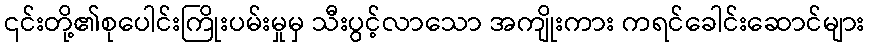
၎င်းတို့၏စုပေါင်းကြိုးပမ်းမှုမှ သီးပွင့်လာသော အကျိုးကား ကရင်ခေါင်းဆောင်များ